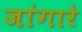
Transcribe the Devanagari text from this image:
जांगारे